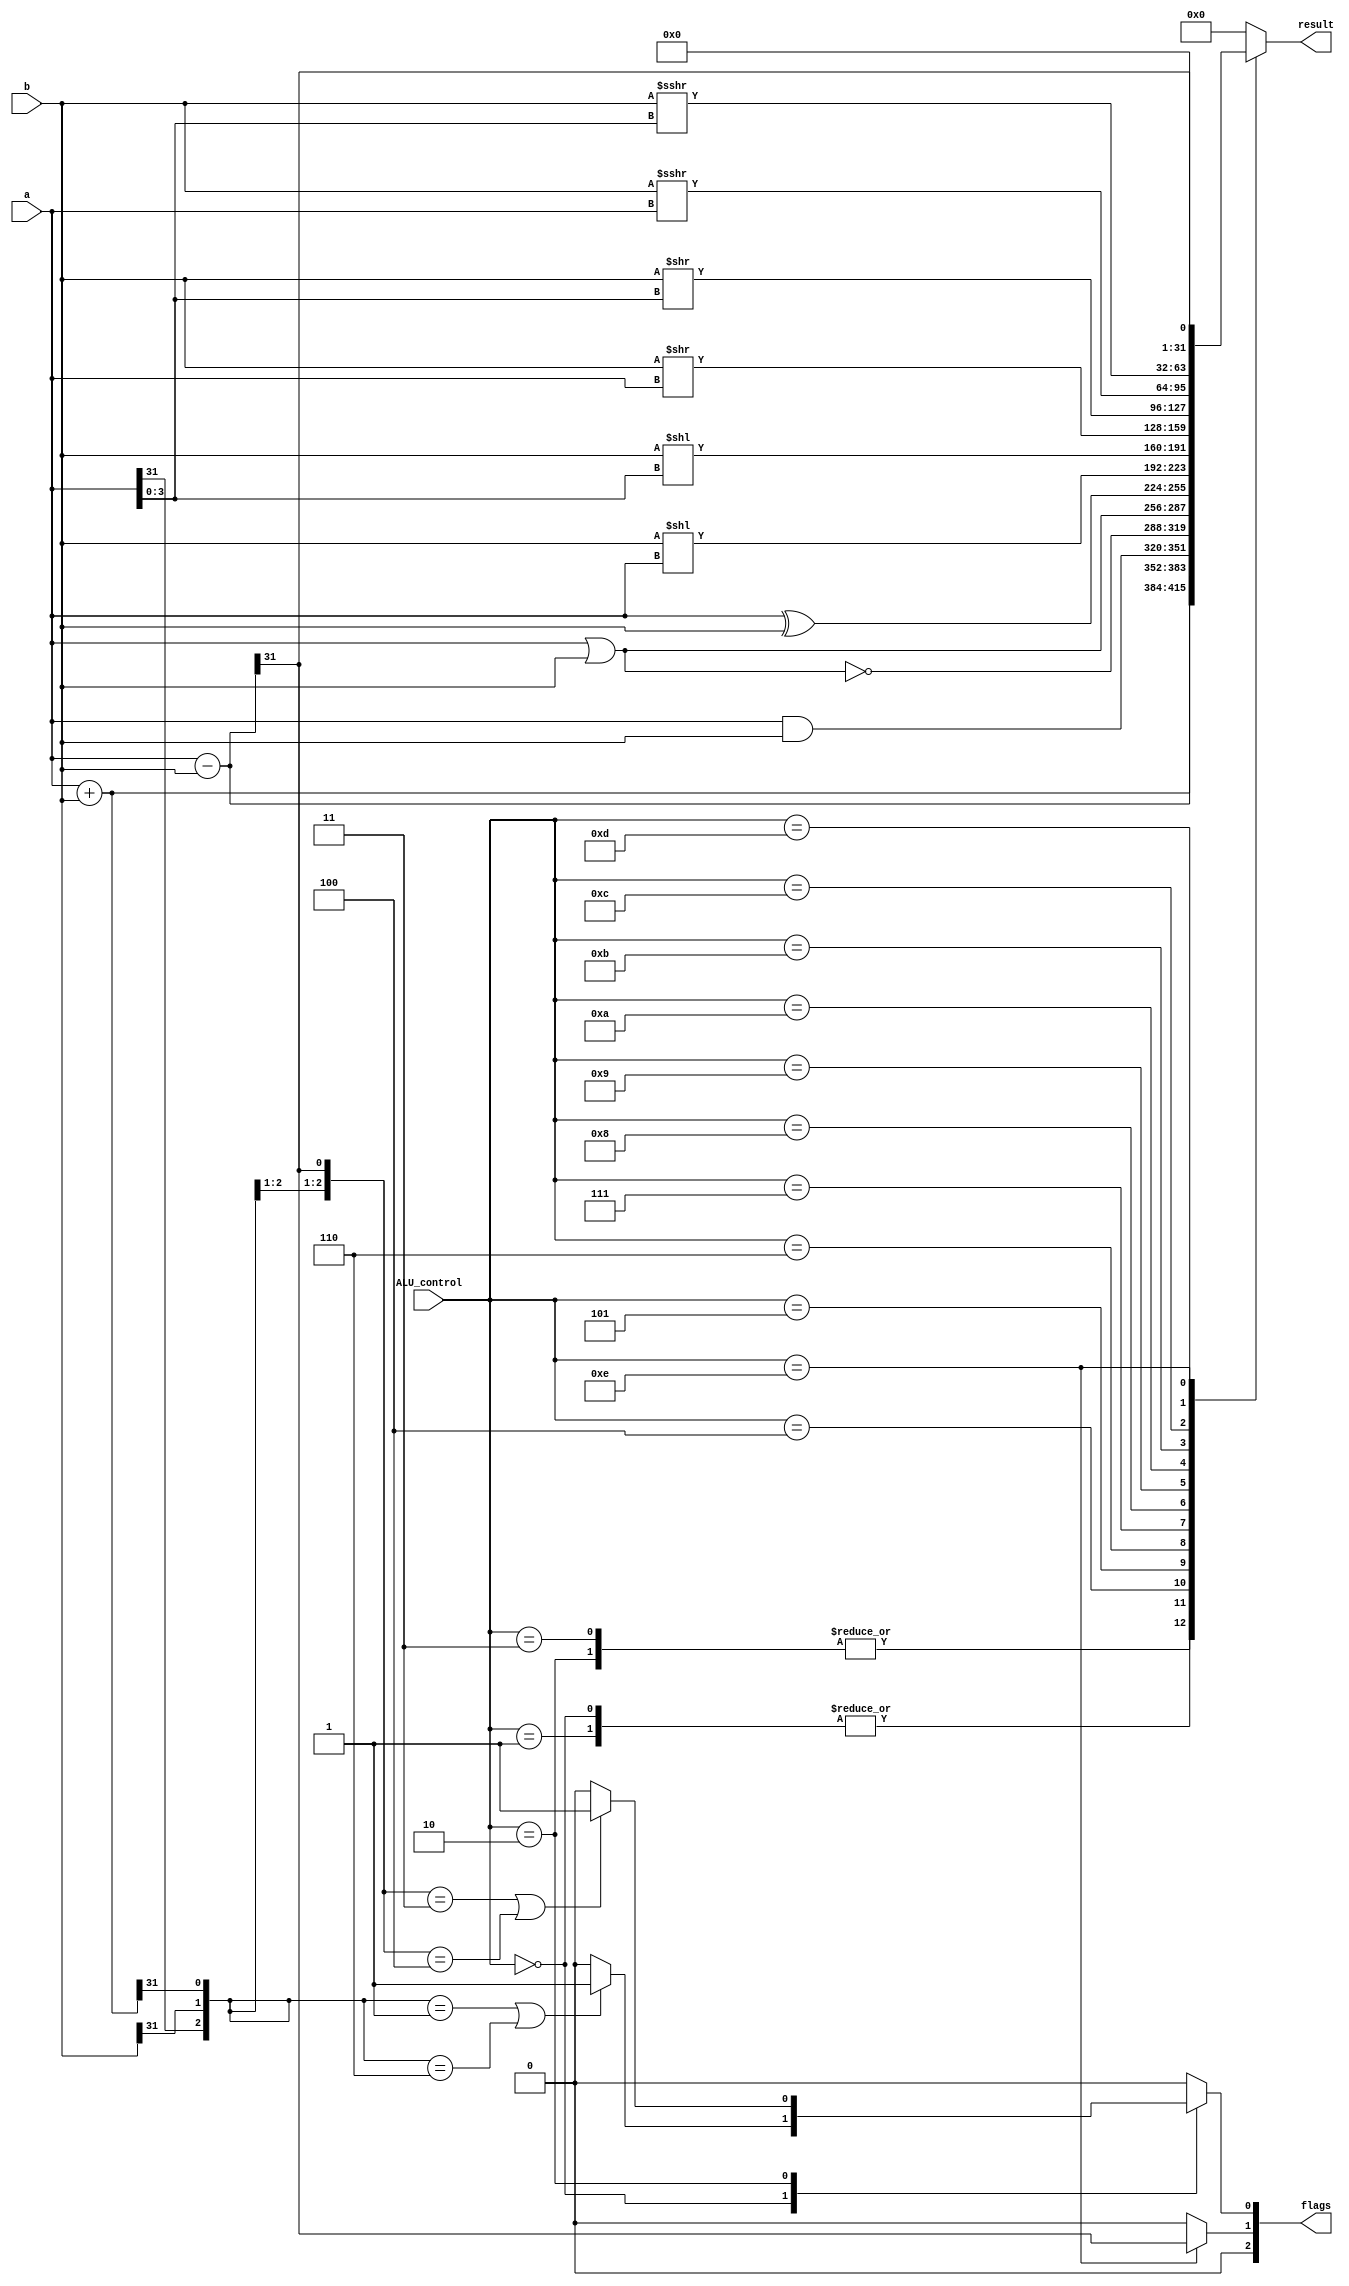

module ALU (
	input wire [31:0] a, b,  // two operands
	// input wire sign,  // signed/unsigned flag
	input wire [3:0] ALU_control,  // operation type
	output reg [31:0] result,  // calculation result
	output reg [2:0] flags	// zero, negative, overflow
	);

// PC sources
localparam
	PC_PLUS4   = 0,
	PC_JUMP    = 1,
	PC_JR      = 2,
//	PC_BEQ     = 4,
//	PC_BNE     = 5;
	PC_BRANCH  = 3;

// EXE A sources
localparam
	EXE_A_RS     = 0,
	EXE_A_SA     = 1,
	EXE_A_LINK   = 2;
//	EXE_A_BRANCH = 3;

// EXE B sources
localparam
	EXE_B_RT     = 0,
	EXE_B_IMM    = 1,
	EXE_B_LINK   = 2,
	EXE_B_BRANCH = 3;

// EXE ALU operations
localparam
	EXE_ALU_ADD    = 0,
	EXE_ALU_ADDU	= 1,
	EXE_ALU_SUB    = 2,
	EXE_ALU_SUBU 	= 3,
	EXE_ALU_AND    = 4,
	EXE_ALU_NOR		= 5,
	EXE_ALU_OR		= 6,
	EXE_ALU_XOR		= 7,
	EXE_ALU_SLL		= 8,
	EXE_ALU_SLLV	= 9,
	EXE_ALU_SRL		= 10,
	EXE_ALU_SRLV	= 11,
	EXE_ALU_SRA		= 12,
	EXE_ALU_SRAV	= 13,
	EXE_ALU_SLT		= 14;


// WB address sources
localparam
	WB_ADDR_RD    = 0,
	WB_ADDR_RT    = 1,
	WB_ADDR_LINK  = 2;

// WB data sources
localparam
	WB_DATA_ALU   = 0,
	WB_DATA_MEM   = 1;

// variables
localparam
	PC_RESET  = 32'h0000_0000;

// instructions
localparam  // bit 31:26 for instruction type
	INST_R          = 6'b000000,  // bit 5:0 for function type
	R_FUNC_SLL      = 6'b000000,
	R_FUNC_SRL      = 6'b000010,  // including ROTR(set bit 21)
	R_FUNC_SRA      = 6'b000011,
	R_FUNC_SLLV     = 6'b000100,
	R_FUNC_SRLV     = 6'b000110,  // including ROTRV(set bit 6)
	R_FUNC_SRAV     = 6'b000111,
	R_FUNC_JR       = 6'b001000,
	//R_FUNC_JALR     = 6'b001001,
	//R_FUNC_MOVZ     = 6'b001010,
	//R_FUNC_MOVN     = 6'b001011,
	//R_FUNC_SYSCALL  = 6'b001100,
	R_FUNC_ADD      = 6'b100000,
	R_FUNC_ADDU     = 6'b100001,
	R_FUNC_SUB      = 6'b100010,
	R_FUNC_SUBU     = 6'b100011,
	R_FUNC_AND      = 6'b100100,
	R_FUNC_OR       = 6'b100101,
	R_FUNC_XOR      = 6'b100110,
	R_FUNC_NOR      = 6'b100111,
	R_FUNC_SLT      = 6'b101010,
	R_FUNC_SLTU     = 6'b101011,
	//R_FUNC_TGE      = 6'b110000,
	//R_FUNC_TGEU     = 6'b110001,
	//R_FUNC_TLT      = 6'b110010,
	//R_FUNC_TLTU     = 6'b110011,
	//R_FUNC_TEQ      = 6'b110100,
	//R_FUNC_TNE      = 6'b110110,
	//INST_I          = 6'b000001,  // bit 20:16 for function type
	//I_FUNC_BLTZ     = 5'b00000,
	//I_FUNC_BGEZ     = 5'b00001,
	//I_FUNC_TGEI     = 5'b01000,
	//I_FUNC_TGEIU    = 5'b01001,
	//I_FUNC_TLTI     = 5'b01010,
	//I_FUNC_TLTIU    = 5'b01011,
	//I_FUNC_TEQI     = 5'b01100,
	//I_FUNC_TNEI     = 5'b01110,
	//I_FUNC_BLTZAL   = 5'b10000,
	//I_FUNC_BGEZAL   = 5'b10001,
	INST_J          = 6'b000010,
	INST_JAL        = 6'b000011,
	INST_BEQ        = 6'b000100,
	INST_BNE        = 6'b000101,
	//INST_BLEZ       = 6'b000110,
	//INST_BGTZ       = 6'b000111,
	INST_ADDI       = 6'b001000,
	INST_ADDIU      = 6'b001001,
	INST_SLTI       = 6'b001010,
	INST_SLTIU      = 6'b001011,
	INST_ANDI       = 6'b001100,
	INST_ORI        = 6'b001101,
	INST_XORI       = 6'b001110,
	INST_LUI        = 6'b001111,
	//INST_CP0        = 6'b010000,  // bit 24:21 for function type when bit 25 is not set, bit 5:0 for co type when bit 25 is set
	//CP_FUNC_MF     = 4'b0000,
	//CP_FUNC_MT     = 4'b0100,
	//CP0_CO_ERET     = 6'b011000,
	//INST_LB         = 6'b100000,
	//INST_LH         = 6'b100001,
	INST_LW         = 6'b100011,
	//INST_LBU        = 6'b100100,
	//INST_LHU        = 6'b100101,
	//INST_SB         = 6'b101000,
	//INST_SH         = 6'b101001,
	INST_SW         = 6'b101011;

// general registers
localparam
	GPR_ZERO = 0,
	GPR_AT = 1,
	GPR_V0 = 2,
	GPR_V1 = 3,
	GPR_A0 = 4,
	GPR_A1 = 5,
	GPR_A2 = 6,
	GPR_A3 = 7,
	GPR_T0 = 8,
	GPR_T1 = 9,
	GPR_T2 = 10,
	GPR_T3 = 11,
	GPR_T4 = 12,
	GPR_T5 = 13,
	GPR_T6 = 14,
	GPR_T7 = 15,
	GPR_S0 = 16,
	GPR_S1 = 17,
	GPR_S2 = 18,
	GPR_S3 = 19,
	GPR_S4 = 20,
	GPR_S5 = 21,
	GPR_S6 = 22,
	GPR_S7 = 23,
	GPR_T8 = 24,
	GPR_T9 = 25,
	GPR_K0 = 26,
	GPR_K1 = 27,
	GPR_GP = 28,
	GPR_SP = 29,
	GPR_FP = 30,
	GPR_RA = 31;
        reg[31:0] temp;
	always @(*) begin
		result = 0;
		flags = 0;
		case (ALU_control)
			EXE_ALU_ADD: begin
				result = a + b;
				if({a[31],b[31],result[31]}=={3'b001}||{a[31],b[31],result[31]}=={3'b110})
					flags[0] = 1;
				else 
					flags[0] = 0;
			end
			EXE_ALU_ADDU: begin
				result = a + b;
			end
			EXE_ALU_SUB: begin
				result = a - b;
				if({a[31],b[31],result[31]}=={3'b011}||{a[31],b[31],result[31]}=={3'b100})
					flags[0] = 1;
				else
					flags[0] = 0;
			end
			EXE_ALU_SUBU: begin
				result = a - b;
			end
			EXE_ALU_AND: begin
				result = a & b;
			end
			EXE_ALU_NOR: begin
				result = ~(a | b);
			end
			EXE_ALU_OR: begin
				result = a | b;
			end
			EXE_ALU_XOR: begin
				result = a ^ b;
			end
			EXE_ALU_SLL: begin
				result = b << a;
			end
			EXE_ALU_SLLV: begin
				result = b << a[3:0];
			end
			EXE_ALU_SRL: begin
				result = b >> a;
			end
			EXE_ALU_SRLV: begin
				result = b >> a[3:0];
			end
			EXE_ALU_SRA: begin
				result = $signed(b) >>> a; 
			end
			EXE_ALU_SRAV: begin
				result = $signed(b) >>> a[3:0];
			end	
			EXE_ALU_SLT: begin
				temp = a - b;
				flags[1] = temp[31];
				result = temp[31];
			end
		endcase
	end
	
endmodule